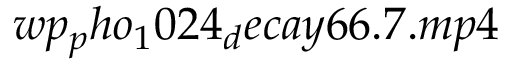
w p _ { p } h o _ { 1 } 0 2 4 _ { d } e c a y 6 6 . 7 . m p 4